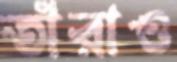
তাঁরাও